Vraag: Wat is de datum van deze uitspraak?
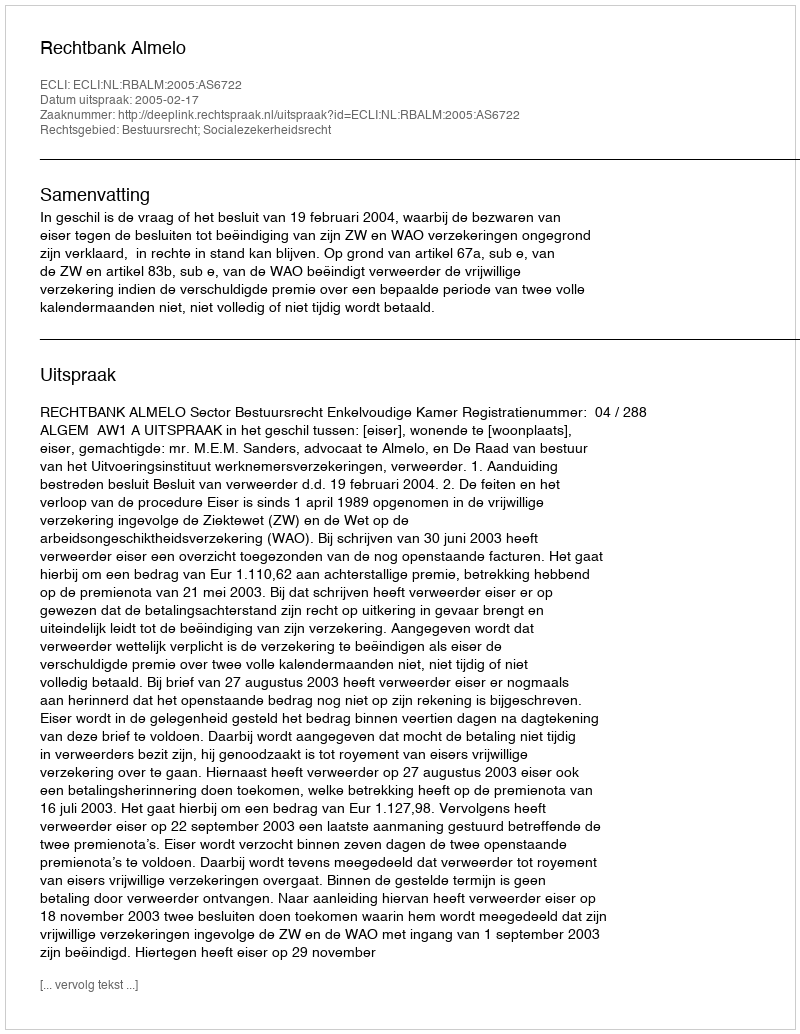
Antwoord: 2005-02-17